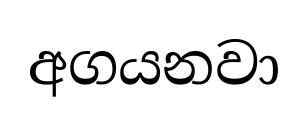
අගයනවා